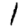
Digit: 1